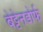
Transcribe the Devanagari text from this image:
बेट्टेनडोर्फ